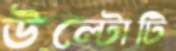
উল্টোটি